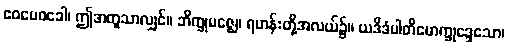
ဧဝမေဝခေါ၊ ဤအတူသာလျှင်။ ဘိက္ခုမဇ္ဈေ၊ ရဟန်းတို့အလယ်၌။ ယဒိဒံပါတိမောက္ခုဒ္ဒေသော၊